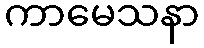
ကာမေသနာ